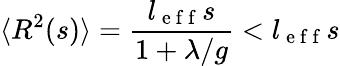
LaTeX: \langle R^{2}(s)\rangle=\frac{l_{\mathrm{~e~f~f~}}s}{1+\lambda/g}<l_{\mathrm{~e~f~f~}}s